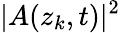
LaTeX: |A(z_{k},t)|^{2}